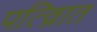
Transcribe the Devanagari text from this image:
पत्व्राित